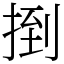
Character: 捯